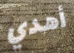
أهدي